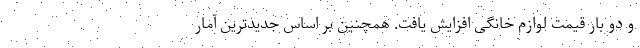
و دو بار قیمت لوازم خانگی افزایش یافت. همچنین بر اساس جدیدترین آمار